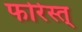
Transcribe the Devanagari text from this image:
फोरेस्त्